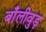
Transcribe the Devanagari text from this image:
बाँलीवुड़